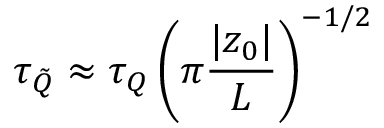
\tau _ { \tilde { Q } } \approx \tau _ { Q } \left( \pi \frac { | z _ { 0 } | } { L } \right) ^ { - 1 / 2 }